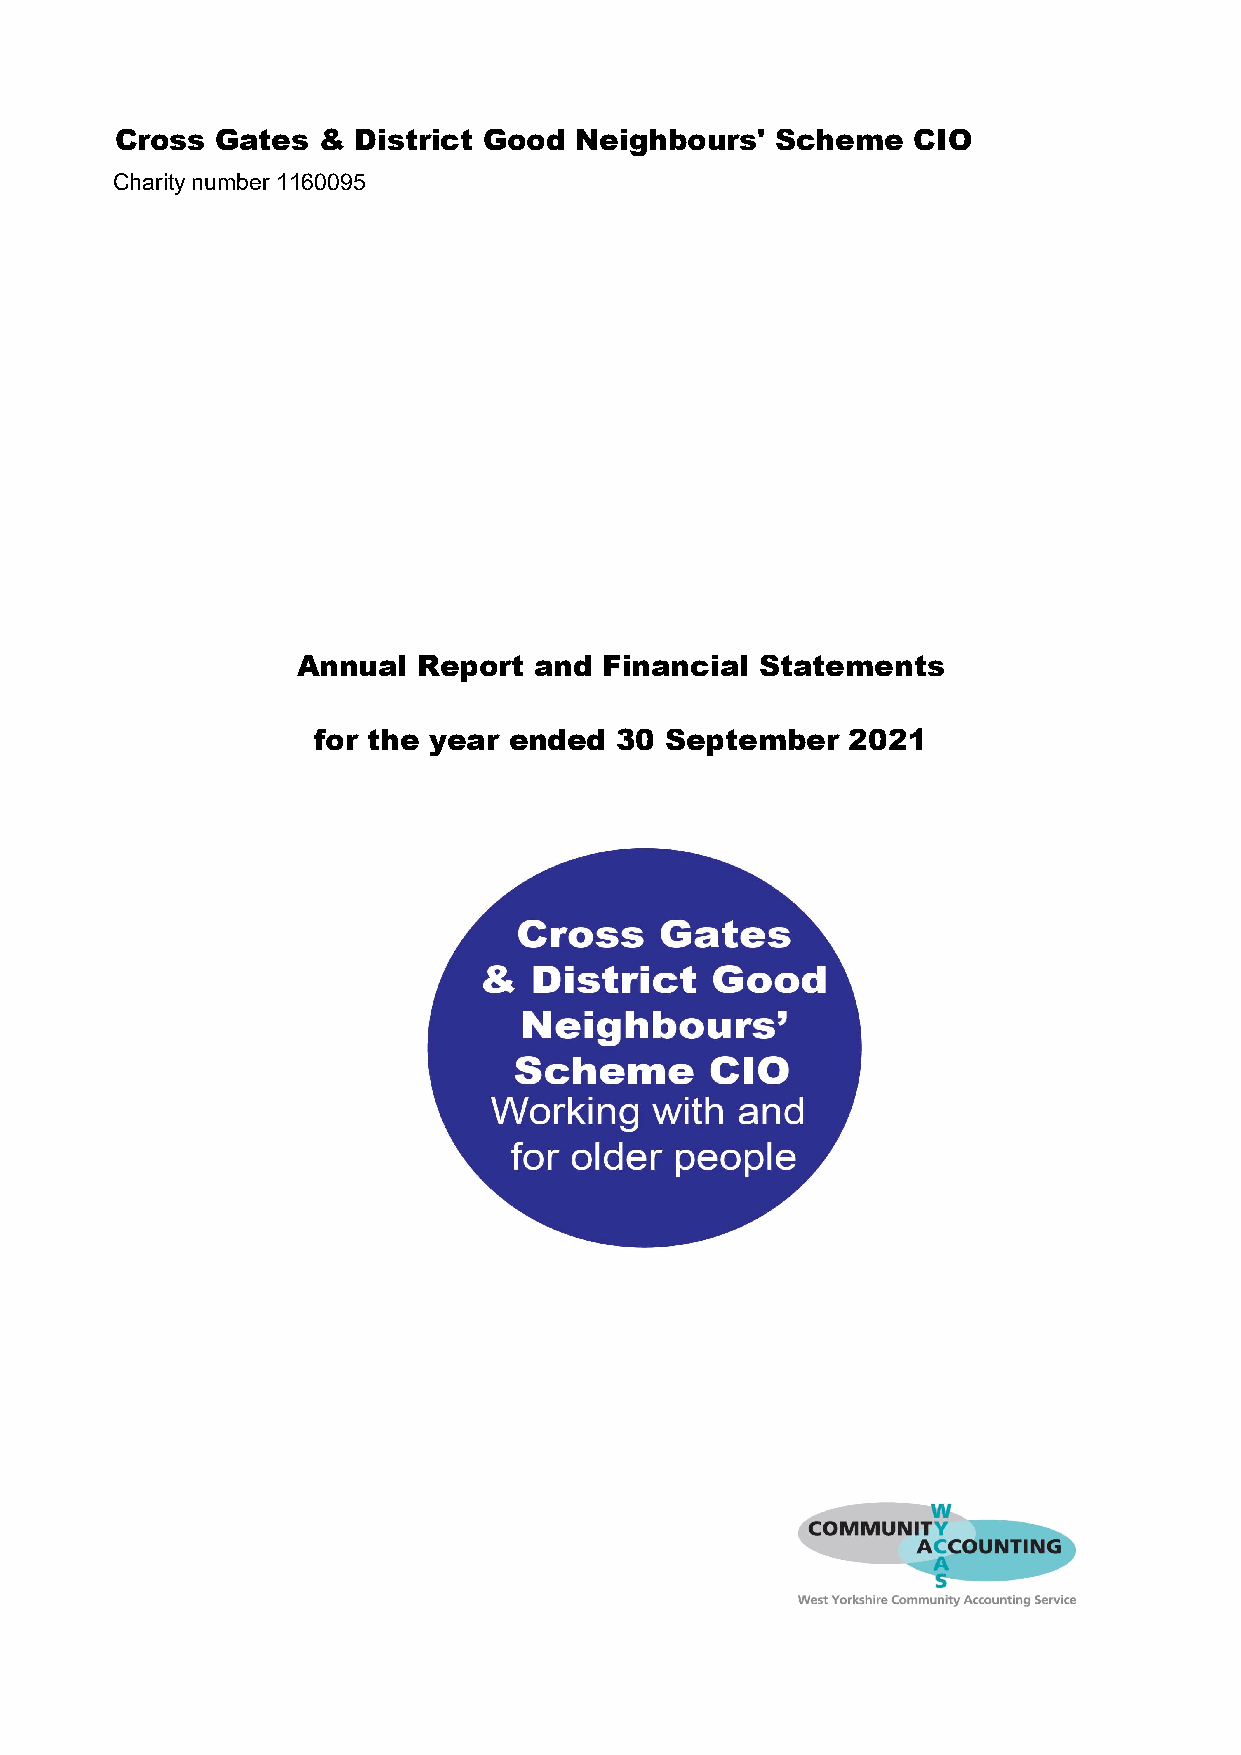
Cross Gates  &  District Good Neighbours'  Scheme   CIO
 Charity number 1160095
 Annual  Report and  Financial Statements
 for the year ended  30 September   2021